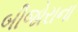
બીજોરાના